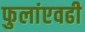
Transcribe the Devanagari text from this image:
फुलांएवढी